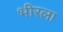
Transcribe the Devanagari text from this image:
भीरला